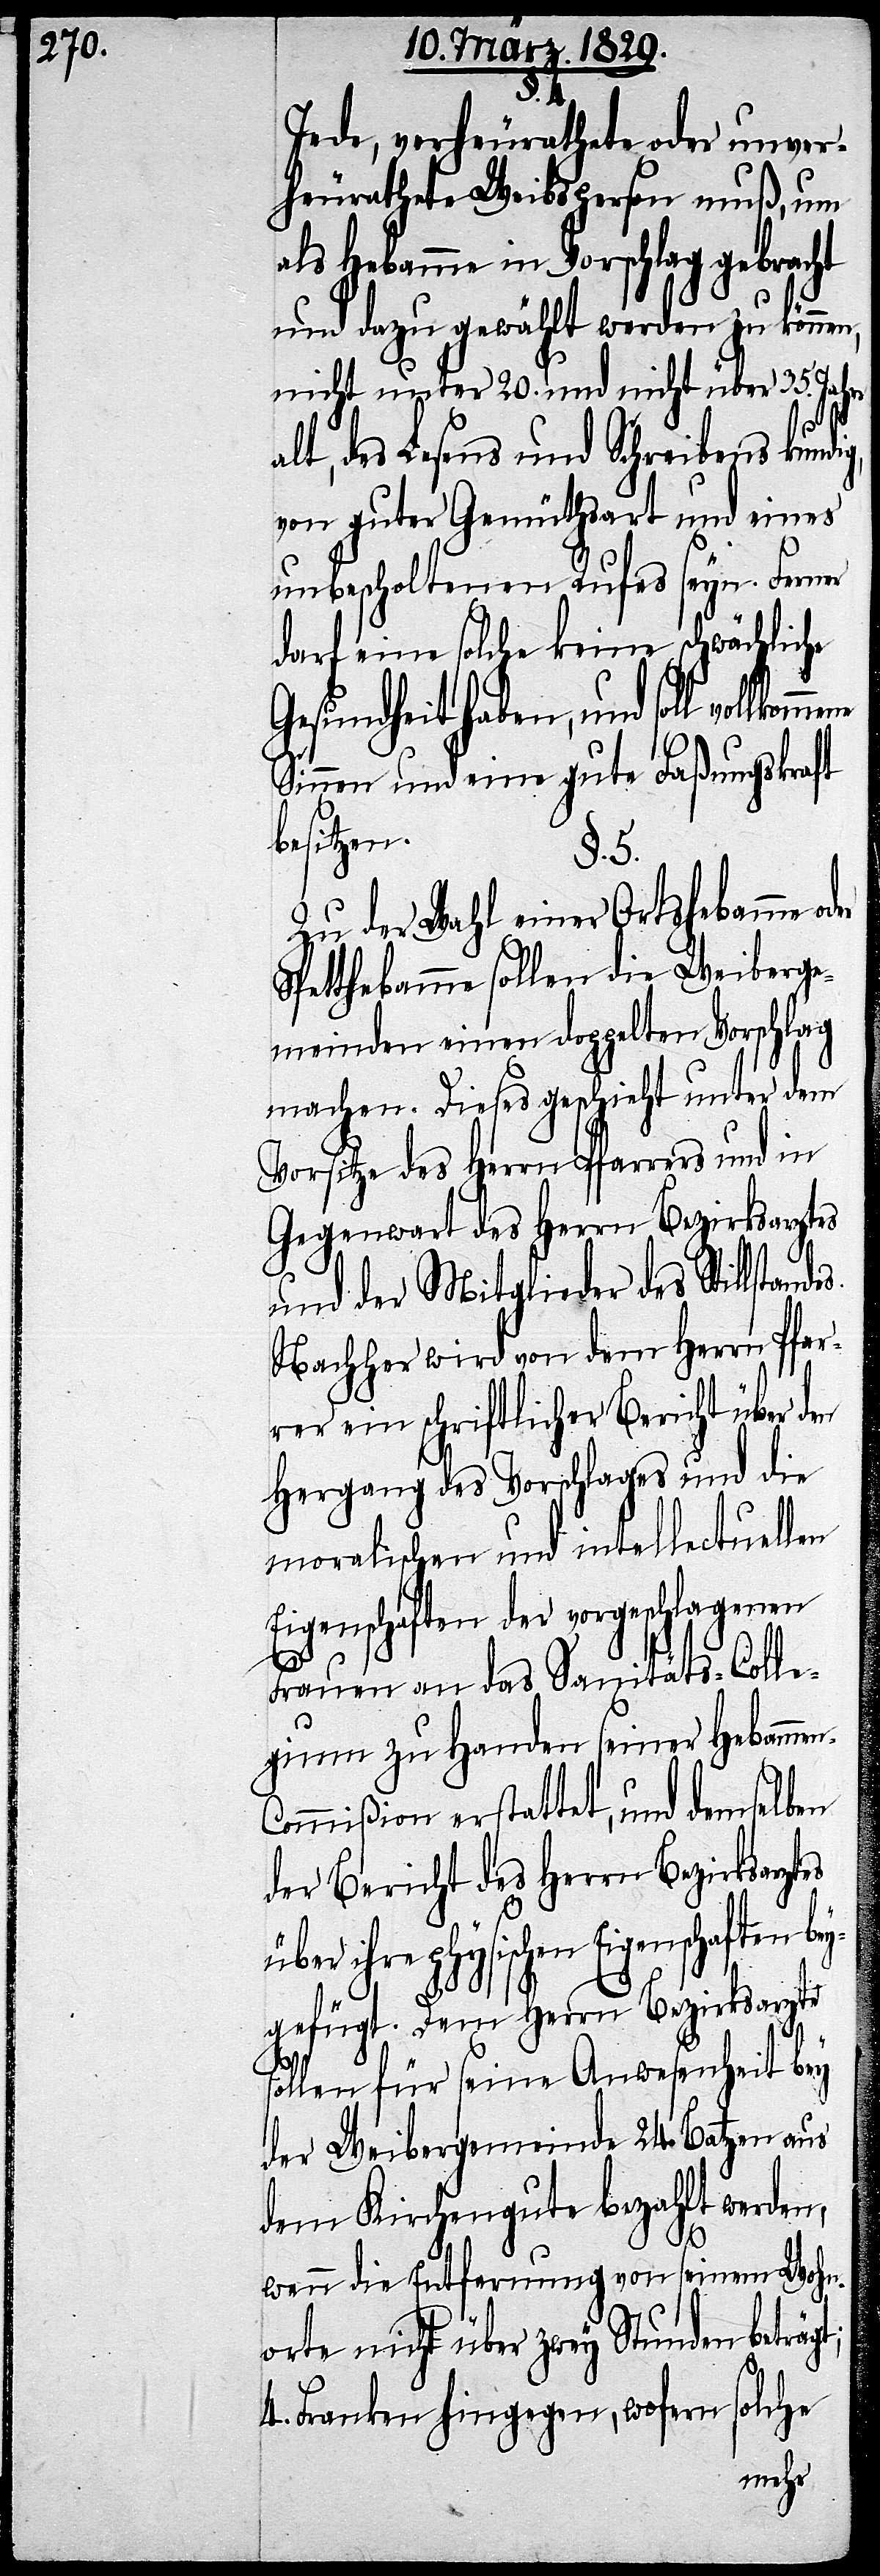
Jede, verheurathete oder unver¬
heurathete Weibsperson muß, um
als Hebamme in Vorschlag geb¬
und dazu gewählt werden zu können,
nicht unter 20. und nicht über 35. Jahre
alt, des Lesens und Schreibens kundi¬
von guter Gemüthsart und eines
unbescholtenen Rufes seyn. Ferner
darf eine solche keine schwächliche
Gesundheit haben, und soll
Sinnen und eine gute Faßungskraft
besitzen.
§. 5.
Zu der Wahl einer Ortshebamme od¬
Spetthebamme sollen die Weiberge¬
meinden einen doppelten Vorschlag
machen. Dieses geschieht unter dem
Vorsitze des Herrn Pfarrers und in
Gegenwart des Herrn Bezirksarztes
und der Mitglieder des Stills¬
Nachher wird von dem Herrn Pfar¬
rer ein schriftlicher Bericht über den
Hergang des Vorschlages und die
moralischen und intellectuellen
Eigenschaften der vorgeschlagenen
t;
Frauen an das Sanitäts-Colle¬
gium zu Handen seiner Hebamm¬
ommißion erstattet, und demselben
der Bericht des Herrn Bezirksarztes
ischen Eigenschaften be¬
ygefügt. Dem Herrn Bezirksarzt
sollen für seine Anwesenheit bey
der Weibergemeinde 24. Batzen aus
dem Kirchengute bezahlt werden,
wenn die Entfernung von seinem Wohn¬
orte nicht über zwey Stunden beträg¬
solche
4. Franken hingegen, wofern